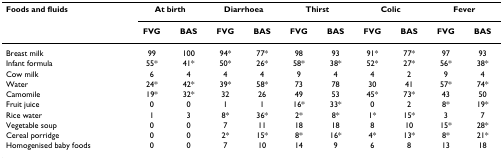
<table><thead><tr><td><b>Foods and fluids</b></td><td colspan="2"><b>At birth</b></td><td colspan="2"><b>Diarrhoea</b></td><td colspan="2"><b>Thirst</b></td><td colspan="2"><b>Colic</b></td><td colspan="2"><b>Fever</b></td></tr><tr><td>[EMPTY_CELL]</td><td><b>FVG</b></td><td><b>BAS</b></td><td><b>FVG</b></td><td><b>BAS</b></td><td><b>FVG</b></td><td><b>BAS</b></td><td><b>FVG</b></td><td><b>BAS</b></td><td><b>FVG</b></td><td><b>BAS</b></td></tr></thead><tbody><tr><td>Breast milk</td><td>99</td><td>100</td><td>94*</td><td>77*</td><td>98</td><td>93</td><td>91*</td><td>77*</td><td>97</td><td>93</td></tr><tr><td>Infant formula</td><td>55*</td><td>41*</td><td>50*</td><td>26*</td><td>58*</td><td>38*</td><td>52*</td><td>27*</td><td>56*</td><td>38*</td></tr><tr><td>Cow milk</td><td>6</td><td>4</td><td>4</td><td>4</td><td>9</td><td>4</td><td>4</td><td>2</td><td>9</td><td>4</td></tr><tr><td>Water</td><td>24*</td><td>42*</td><td>39*</td><td>58*</td><td>73</td><td>78</td><td>30</td><td>41</td><td>57*</td><td>74*</td></tr><tr><td>Camomile</td><td>19*</td><td>32*</td><td>32</td><td>26</td><td>49</td><td>53</td><td>45*</td><td>73*</td><td>43</td><td>50</td></tr><tr><td>Fruit juice</td><td>0</td><td>0</td><td>1</td><td>1</td><td>16*</td><td>33*</td><td>0</td><td>2</td><td>8*</td><td>19*</td></tr><tr><td>Rice water</td><td>1</td><td>3</td><td>8*</td><td>36*</td><td>2*</td><td>8*</td><td>1*</td><td>15*</td><td>3</td><td>7</td></tr><tr><td>Vegetable soup</td><td>0</td><td>0</td><td>7</td><td>11</td><td>18</td><td>18</td><td>8</td><td>10</td><td>15*</td><td>28*</td></tr><tr><td>Cereal porridge</td><td>0</td><td>0</td><td>2*</td><td>15*</td><td>8*</td><td>16*</td><td>4*</td><td>13*</td><td>8*</td><td>21*</td></tr><tr><td>Homogenised baby foods</td><td>0</td><td>0</td><td>7</td><td>10</td><td>14</td><td>9</td><td>6</td><td>8</td><td>13</td><td>18</td></tr></tbody></table>